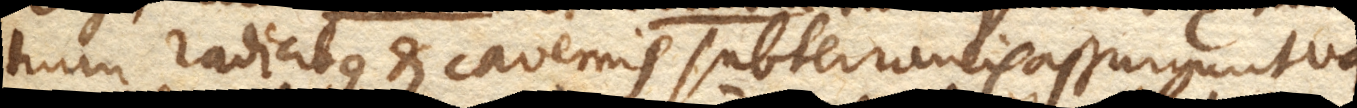
tium radicibus et cavernis subterraneis assurgunt va–